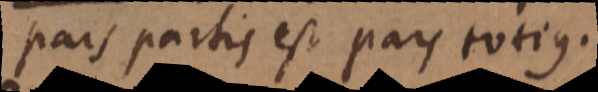
pars partis est pars totius.